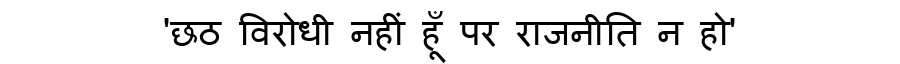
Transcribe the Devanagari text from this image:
'छठ विरोधी नहीं हूँ पर राजनीति न हो'